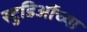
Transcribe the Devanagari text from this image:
स्टुडिऒंच्या